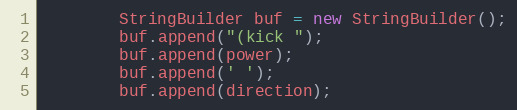
Language: Java
        StringBuilder buf = new StringBuilder();
        buf.append("(kick ");
        buf.append(power);
        buf.append(' ');
        buf.append(direction);